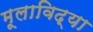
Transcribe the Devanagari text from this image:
मूलाविद्या